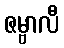
ဇမ္ဗာလီ